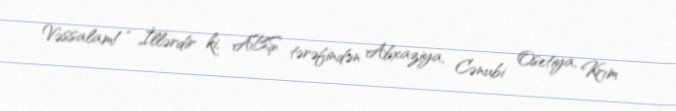
Vəssalam!” İllərdir ki, ABŞ tərəfindən Abxaziya, Cənubi Osetiya, Krım